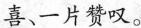
喜、一片赞叹。